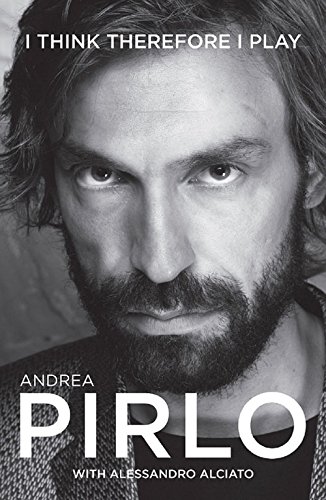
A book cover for I Think Therefore I Play; Andrea Pirlo; Biographies & Memoirs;